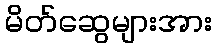
မိတ်ဆွေများအား